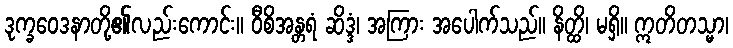
ဒုက္ခဝေဒနာတို့၏လည်းကောင်း။ ဝီစိအန္တရံ ဆိဒ္ဒံ၊ အကြား အပေါက်သည်။ နိတ္ထိ၊ မရှိ။ ဣတိတသ္မာ၊